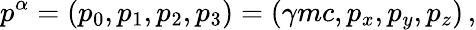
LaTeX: p^{\alpha}=\left(p_{0},p_{1},p_{2},p_{3}\right)=\left(\gamma mc,p_{x},p_{y},p_{z}\right)\, ,